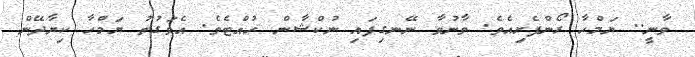
ވާނީ.. ޔަމްހާ ރޯންފެށިއެވެ. ވާނުވާ ނޭނގިފައި ނުކްޝާން ހުއްޓެވެ. އެވަގުތު ޔަމްހާ ކިޔާދޭން